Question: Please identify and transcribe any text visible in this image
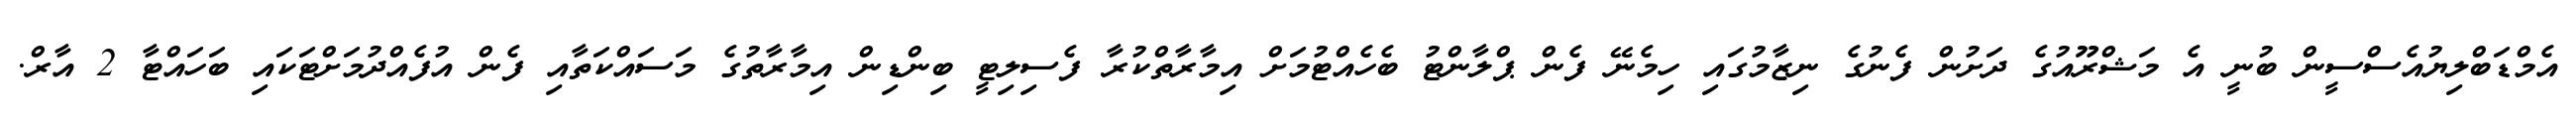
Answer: އެމްޑަބްލިޔުއެސްސީން ބުނީ އެ މަޝްރޫއުގެ ދަށުން ފެނުގެ ނިޒާމުގައި ހިމެނޭ ފެން ޕްލާންޓު ބެހެއްޓުމަށް އިމާރާތްކުރާ ފެސިލިޓީ ބިންޑިން އިމާރާތުގެ މަސައްކަތާއި ފެން އުފެއްދުމަށްޓަކައި ބަހައްޓާ 2 އާރް.